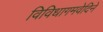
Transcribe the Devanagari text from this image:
विविधागमवेदिने